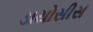
ડાયોસીસ